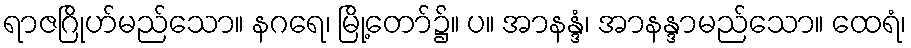
ရာဇဂြိုဟ်မည်သော။ နဂရေ၊ မြို့တော်၌။ ပ။ အာနန္ဒံ၊ အာနန္ဒာမည်သော။ ထေရံ၊